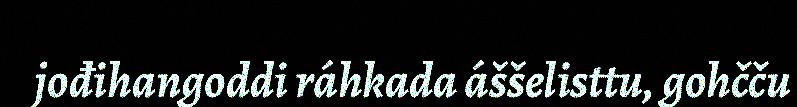
jođihangoddi ráhkada áššelisttu, gohčču